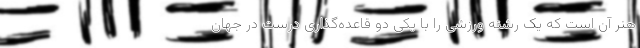
هنر آن است که یک رشته ورزشی را با یکی دو قاعده‌گذاری درست در جهان